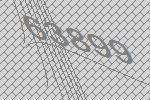
63899